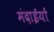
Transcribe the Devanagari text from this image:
मंदाईयों